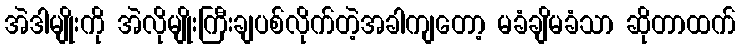
အဲဒါမျိုးကို အဲလိုမျိုးကြီးချပစ်လိုက်တဲ့အခါကျတော့ မခံချိမခံသာ ဆိုတာထက်